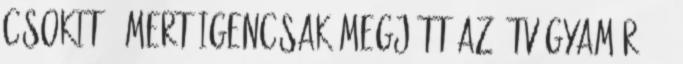
csokit - mert igencsak megjött az étvágyam rá. :